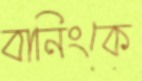
বানিংকে